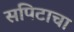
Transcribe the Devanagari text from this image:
सपिटाचा